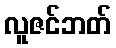
လူဇင်ဘတ်